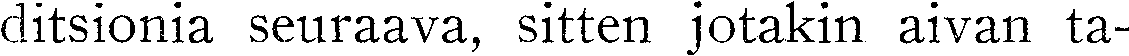
ditsionia seuraava, sitten jotakin aivan ta-